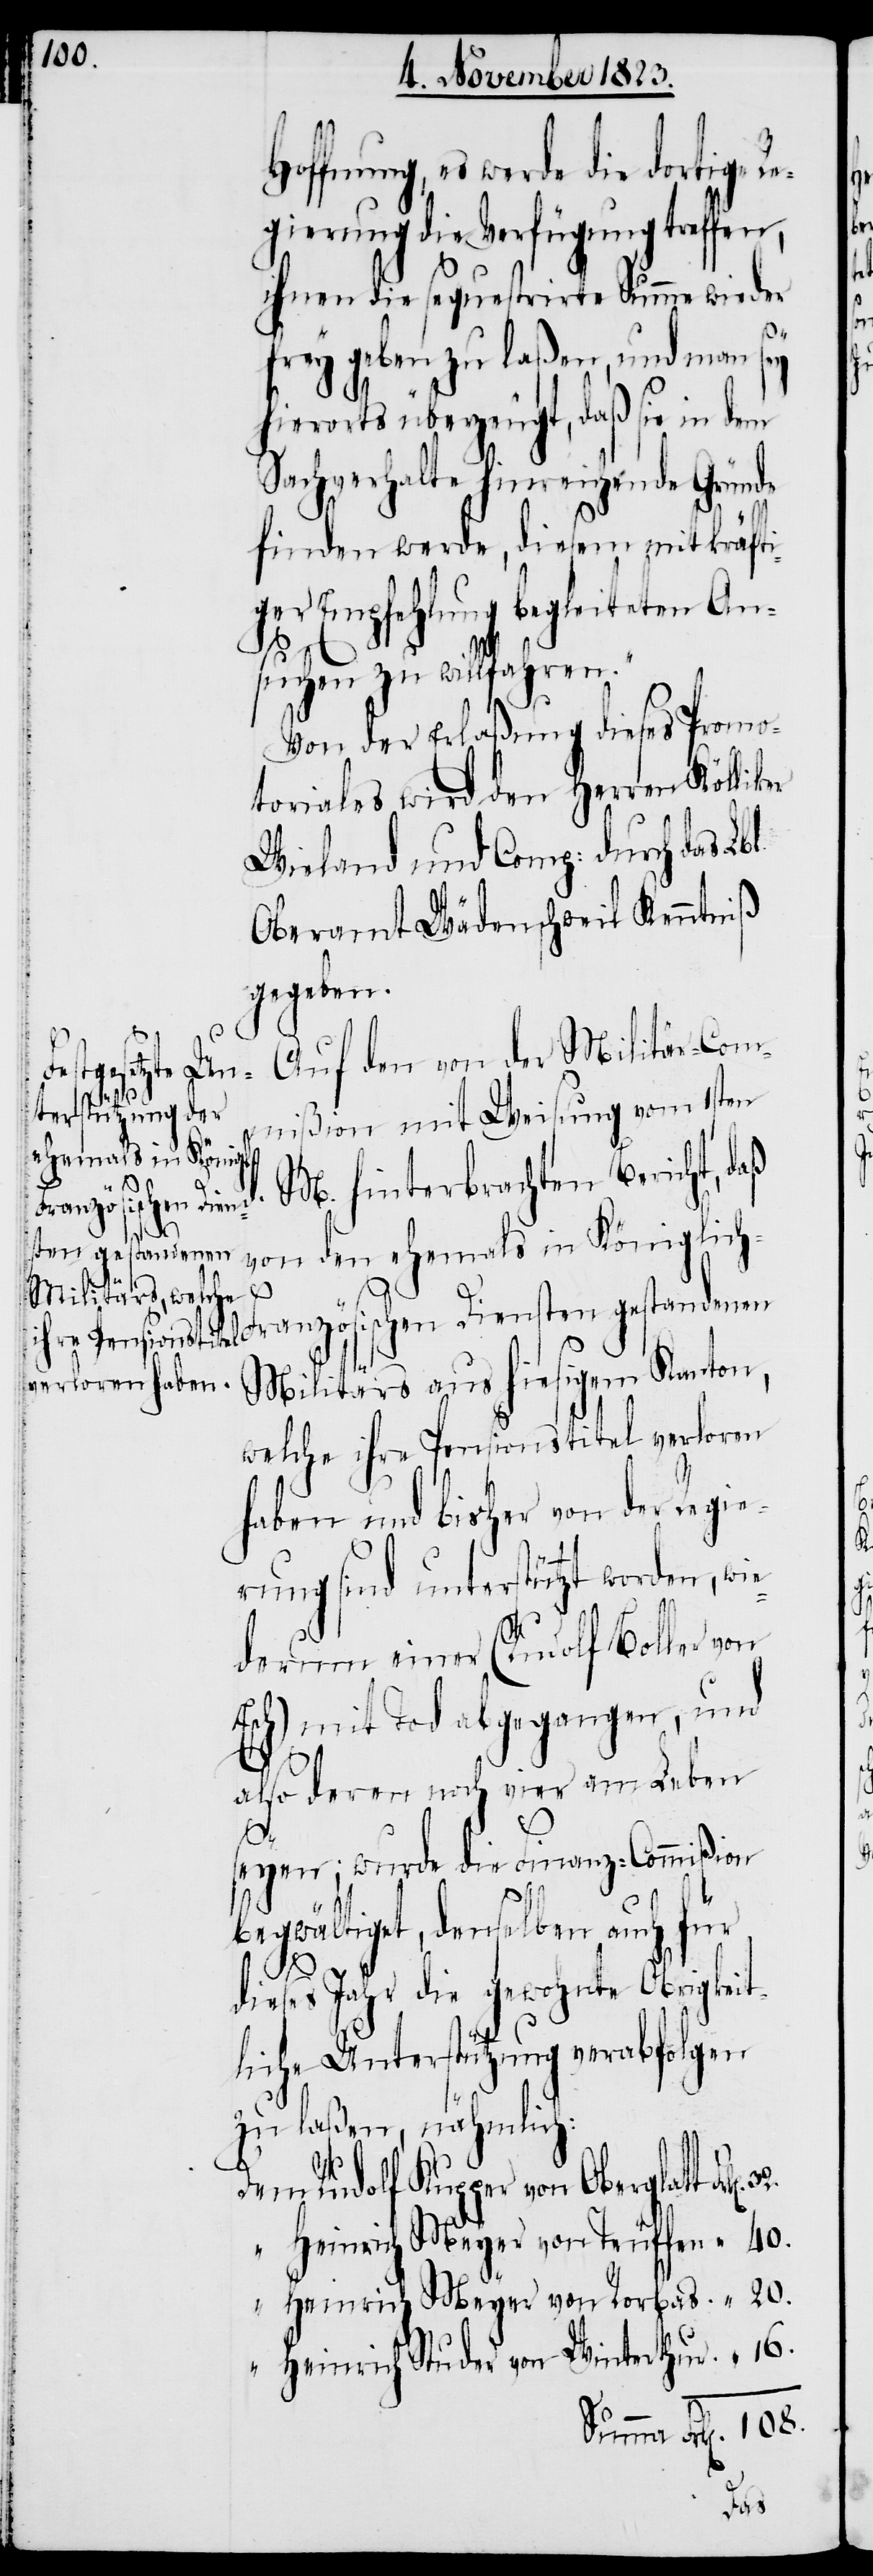
ffnung, es werde die dortige
gierung die Verfügung treffen,
ihnen die sequestrirte Summe wieder
frey geben zu laßen, und man sey
hierorts überzeugt, daß sie in dem
Sachverhalte hinreichende Gründe
finden werde, diesem mit kräfti¬
ger Empfehlung begleiteten An¬
suchen zu willfahren.“
Von der Erlaßung dieses Promo¬
toriales wird den Herren Köllik¬
Wieland und Comp: durch das Lb¬
Oberamt Wädenschweil Kenntniß
gegeben.
Auf den von der Militär-Com¬
zösischen Dien¬
Bericht,
mißion mit Weisung vom 1sten
von den ehemals in Königlic¬
sten gestandenen
Militärs aus hiesigem Kanton,
welche ihre Pensionstitel verloren
haben und bisher von der Regi¬
erung sind unterstützt worden, wie¬
derum einer (Rudolf Boller von
sch) mit Tod abgegangen, und
20.
„
also deren noch vier am Leben
seyen; wurde die Finanz-Commißion
begwältiget, denselben auch für
108.
dieses Jahr die gewohnte Obrigkeit¬
liche Unterstützung verabfolgen
zu laßen, nähmlich:
Rudolf Kupper von Oberglat¬
Heinrich Meyer von Teuffen
Heinrich Meyer von Rorbas
Heinrich Studer von Winterthur